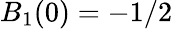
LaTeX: B_{1}(0)=-1/2